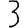
Digit: 3